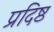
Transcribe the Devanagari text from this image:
प्रदिष्ठ